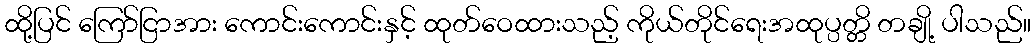
ထို့ပြင် ကြော်ငြာအား ကောင်းကောင်းနှင့် ထုတ်ဝေထားသည့် ကိုယ်တိုင်ရေးအထုပ္ပတ္တိ တချို့ ပါသည်။